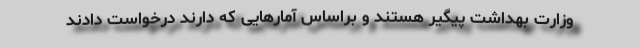
وزارت بهداشت پیگیر هستند و براساس آمارهایی که دارند درخواست دادند